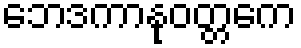
ဘေဒကာနုဝတ္တကေ